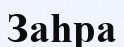
Заһра